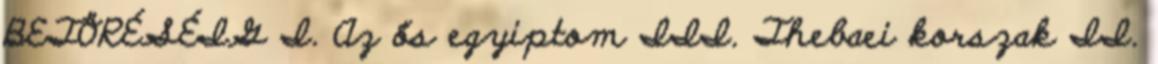
BETÖRÉSÉIG I. Az ős egyiptom III. Thebaei korszak II.